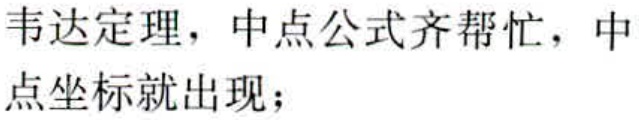
韦达定理，中点公式齐帮忙，中
点坐标就出现；